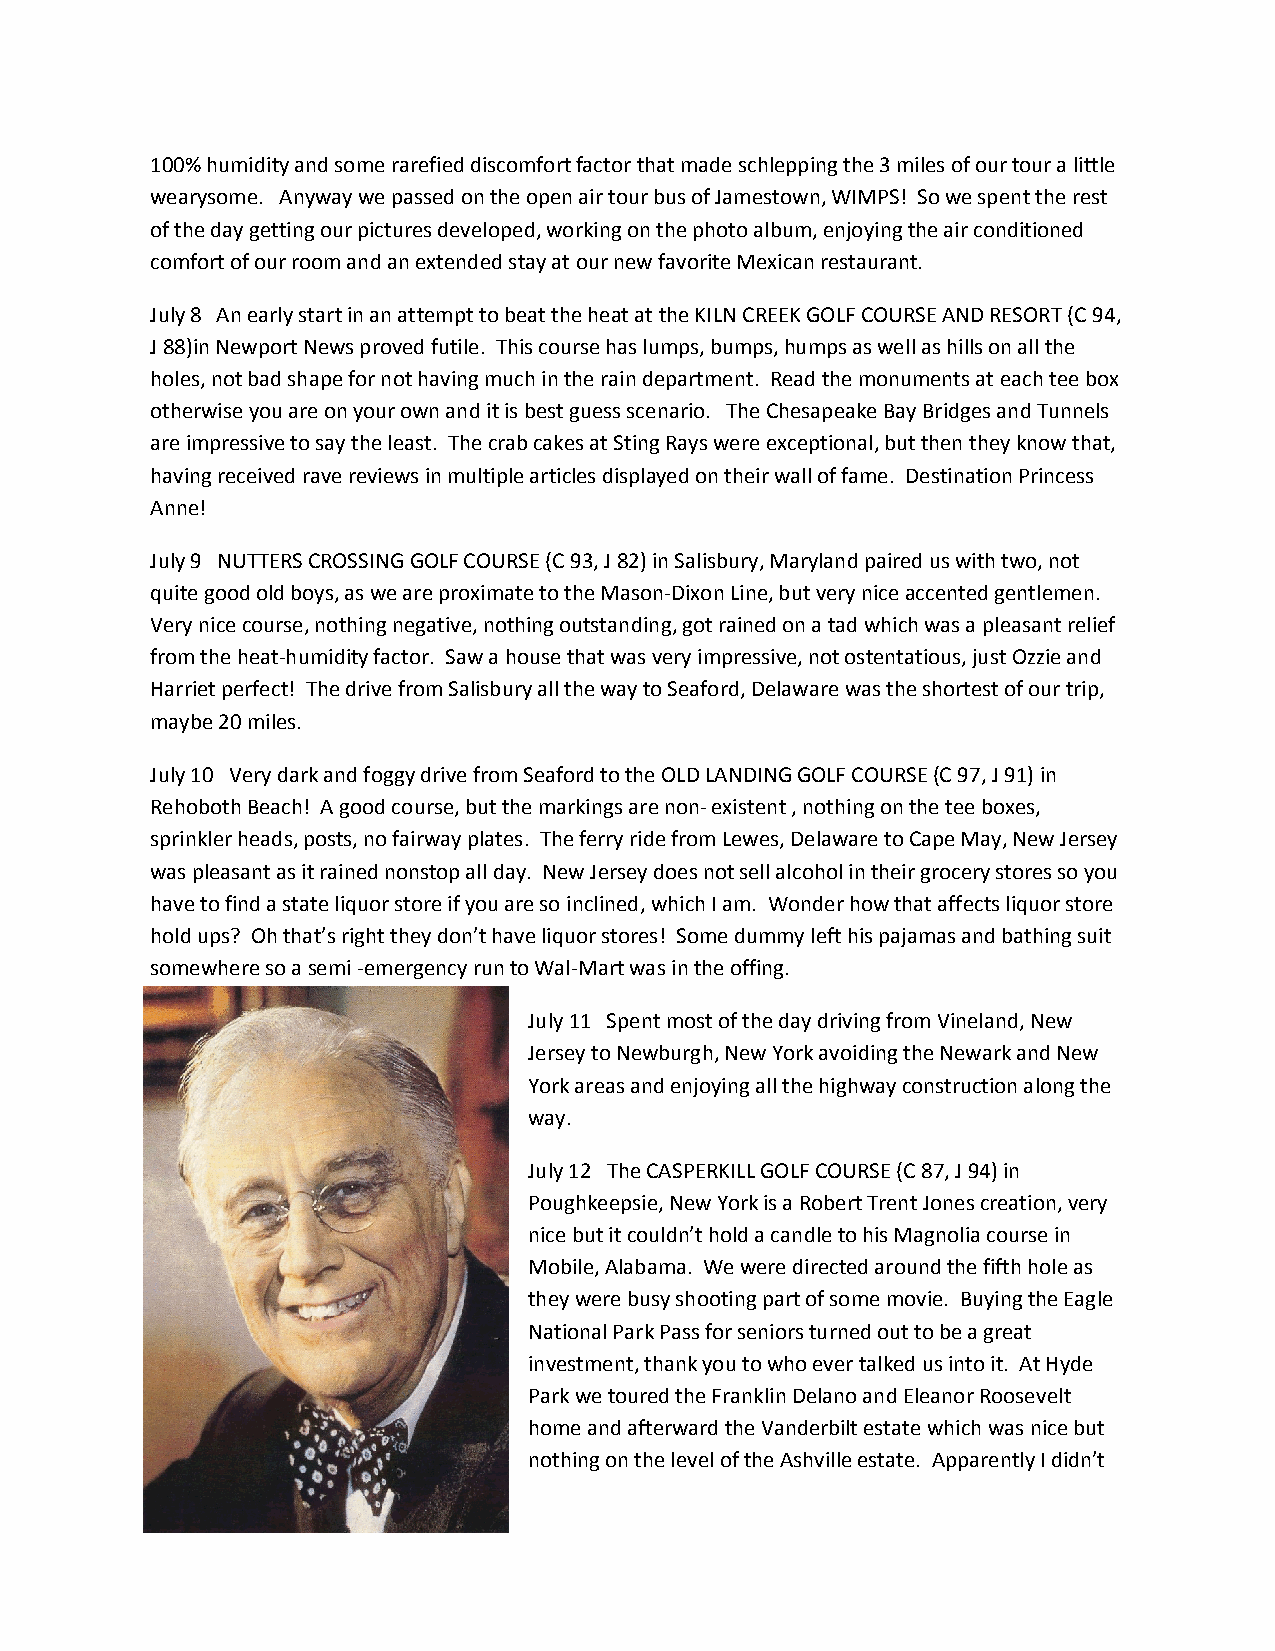
100% humidity and some rarefied discomfort factor that made schlepping the 3 miles of our tour a little
 wearysome. Anyway we passed on the open air tour bus of Jamestown, WIMPS! So we spent the rest
 of the day getting our pictures developed, working on the photo album, enjoying the air conditioned
 comfort of our room and an extended stay at our new favorite Mexican restaurant.
 July 8 An early start in an attempt to beat the heat at the KILN CREEK GOLF COURSE AND RESORT (C 94,
 J 88)in Newport News proved futile. This course has lumps, bumps, humps as well as hills on all the
 holes, not bad shape for not having much in the rain department. Read the monuments at each tee box
 otherwise you are on your own and it is best guess scenario. The Chesapeake Bay Bridges and Tunnels
 are impressive to say the least. The crab cakes at Sting Rays were exceptional, but then they know that,
 having received rave reviews in multiple articles displayed on their wall of fame. Destination Princess
 Anne!
 July 9 NUTTERS CROSSING GOLF COURSE (C 93, J 82) in Salisbury, Maryland paired us with two, not
 quite good old boys, as we are proximate to the Mason-Dixon Line, but very nice accented gentlemen.
 Very nice course, nothing negative, nothing outstanding, got rained on a tad which was a pleasant relief
 from the heat-humidity factor. Saw a house that was very impressive, not ostentatious, just Ozzie and
 Harriet perfect! The drive from Salisbury all the way to Seaford, Delaware was the shortest of our trip,
 maybe 20 miles.
 July 10 Very dark and foggy drive from Seaford to the OLD LANDING GOLF COURSE (C 97, J 91) in
 Rehoboth Beach! A good course, but the markings are non- existent , nothing on the tee boxes,
 sprinkler heads, posts, no fairway plates. The ferry ride from Lewes, Delaware to Cape May, New Jersey
 was pleasant as it rained nonstop all day. New Jersey does not sell alcohol in their grocery stores so you
 have to find a state liquor store if you are so inclined, which I am. Wonder how that affects liquor store
 hold ups? Oh that’s right they don’t have liquor stores! Some dummy left his pajamas and bathing suit
 somewhere so a semi -emergency run to Wal-Mart was in the offing.
 July 11 Spent most of the day driving from Vineland, New
 Jersey to Newburgh, New York avoiding the Newark and New
 York areas and enjoying all the highway construction along the
 way.
 July 12 The CASPERKILL GOLF COURSE (C 87, J 94) in
 Poughkeepsie, New York is a Robert Trent Jones creation, very
 nice but it couldn’t hold a candle to his Magnolia course in
 Mobile, Alabama. We were directed around the fifth hole as
 they were busy shooting part of some movie. Buying the Eagle
 National Park Pass for seniors turned out to be a great
 investment, thank you to who ever talked us into it. At Hyde
 Park we toured the Franklin Delano and Eleanor Roosevelt
 home and afterward the Vanderbilt estate which was nice but
 nothing on the level of the Ashville estate. Apparently I didn’t